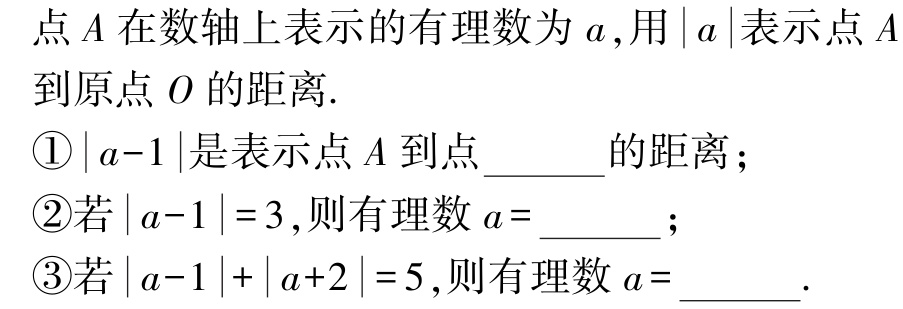
\textcircled{1}$1$；\textcircled{2}$4$或$-2$；\textcircled{3}$2$或$-3$